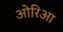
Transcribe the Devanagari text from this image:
ओरिआ